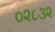
૦૨૮૩૨